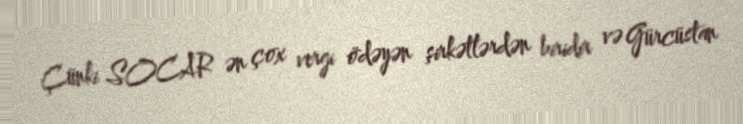
Çünki SOCAR ən çox vergi ödəyən şirkətlərdən biridir və Gürcüstan